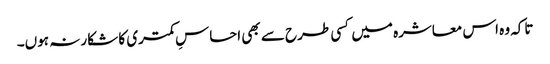
تاکہ وہ اس معاشرہ میں کسی طرح سے بھی احساسِ کمتری کا شکار نہ ہوں۔